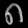
Digit: ၈